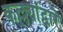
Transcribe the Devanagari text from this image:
कल्ल्यांद्वारे